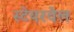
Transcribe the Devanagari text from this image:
स्टेयरवेल